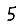
Digit: 5